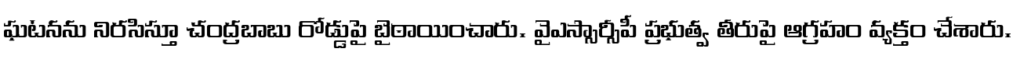
ఘటనను నిరసిస్తూ చంద్రబాబు రోడ్డుపై బైఠాయించారు. వైఎస్సార్సీపీ ప్రభుత్వ తీరుపై ఆగ్రహం వ్యక్తం చేశారు.